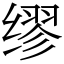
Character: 缪